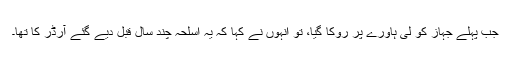
جب پہلے جہاز کو لی ہاورے پر روکا گیا، تو انہوں نے کہا کہ یہ اسلحہ چند سال قبل دیے گئے آرڈر کا تھا۔